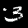
Label: 3